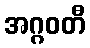
အဂ္ဂဝတီ